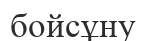
бойсұну